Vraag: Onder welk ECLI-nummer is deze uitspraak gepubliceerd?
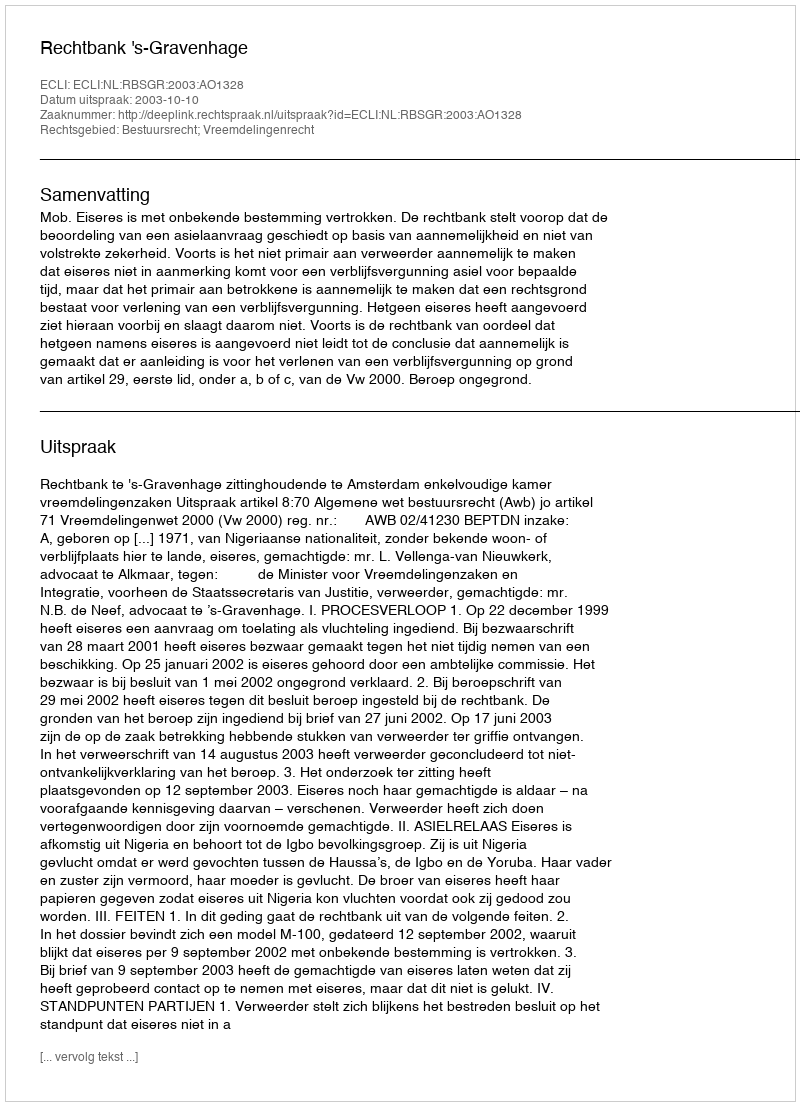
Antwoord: ECLI:NL:RBSGR:2003:AO1328